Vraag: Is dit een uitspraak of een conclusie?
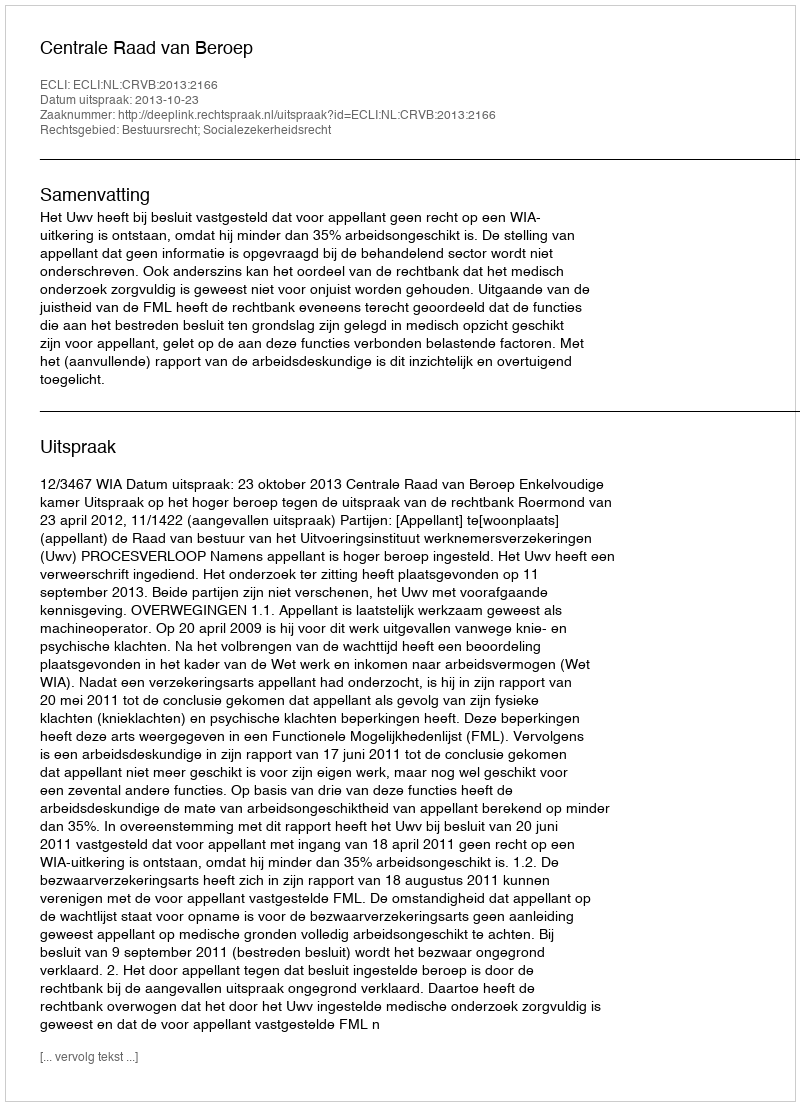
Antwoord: Uitspraak